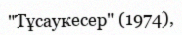
"Тұсаукесер" (1974),